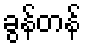
ခွန်တန်